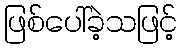
ဖြစ်ပေါ်ခဲ့သဖြင့်